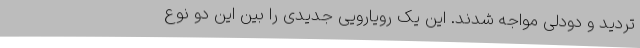
تردید و دودلی مواجه شدند. این یک رویارویی جدیدی را بین این دو نوع